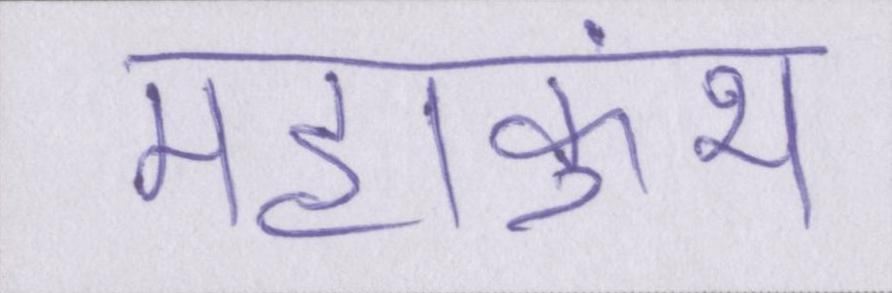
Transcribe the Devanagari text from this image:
महाकुंभ